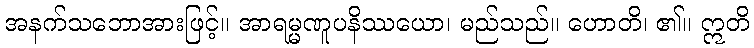
အနက်သဘောအားဖြင့်။ အာရမ္မဏူပနိဿယော၊ မည်သည်။ ဟောတိ၊ ၏။ ဣတိ